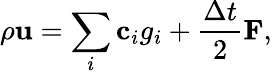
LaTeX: \rho\mathbf{u}=\sum_{i}\mathbf{c}_{i}g_{i}+\frac{\Delta t}{2}\mathbf{F},